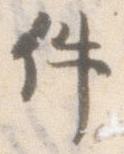
件